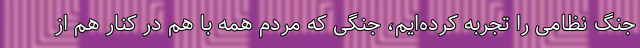
جنگ نظامی را تجربه کرده‌ایم، جنگی که مردم همه با هم در کنار هم از